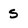
Character: S